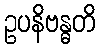
ဥပနိဗန္ဓတိ